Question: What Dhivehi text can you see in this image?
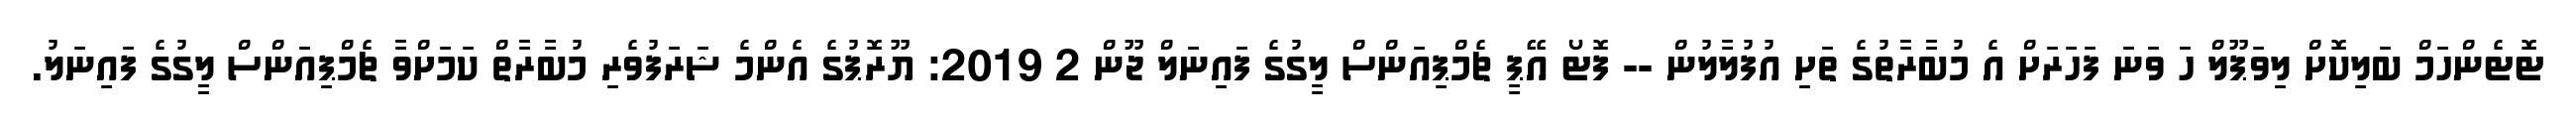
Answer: ޓޮޓެންހަމް ބަލިކޮށް ލިވަޕޫލް ހަ ވަނަ ފަހަރަށް އެ މުބާރާތުގެ ތަށި އުފުލާލުން -- ފޮޓޯ އޭޕީ ޗެމްޕިއަންސް ލީގުގެ ފައިނަލް ޖޫން 2 2019: ޔޫރޮޕުގެ އެންމެ ޝަރަފުވެރި މުބާރާތް ކަމަށްވާ ޗެމްޕިއަންސް ލީގުގެ ފައިނަލު.